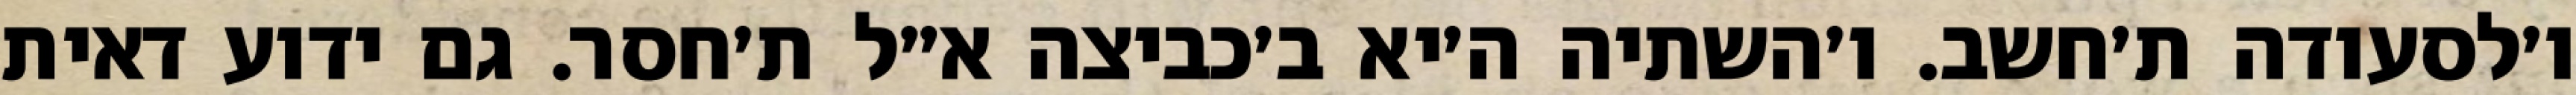
ו׳לסעודה ת׳חשב. ו׳השתיה ה׳יא ב׳כביצה א״ל ת׳חסר. גם ידוע דאית